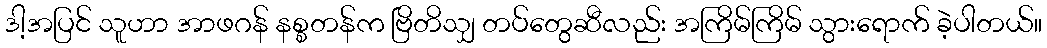
ဒါ့အပြင် သူဟာ အာဖဂန် နစ္စတန်က ဗြိတိသျှ တပ်တွေဆီလည်း အကြိမ်ကြိမ် သွားရောက် ခဲ့ပါတယ်။